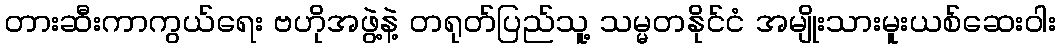
တားဆီးကာကွယ်ရေး ဗဟိုအဖွဲ့နဲ့ တရုတ်ပြည်သူ့ သမ္မတနိုင်ငံ အမျိုးသားမူးယစ်ဆေးဝါး